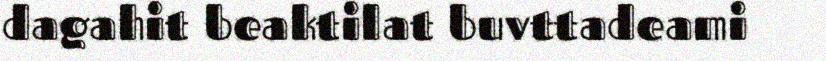
dagahit beaktilat buvttadeami